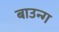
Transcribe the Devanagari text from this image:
बाउन्ग